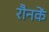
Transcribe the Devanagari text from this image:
रौनकें